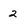
Character: 2